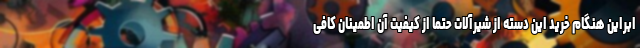
ابراین هنگام خرید این دسته از شیرآلات حتما از کیفیت آن اطمینان کافی